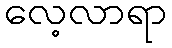
လေ့လာရာ